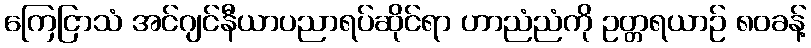
ကြေငြာသံ အင်ဂျင်နီယာပညာရပ်ဆိုင်ရာ ဟာညံညံကို ဥတ္တရယာဉ် ၈၀ခန့်